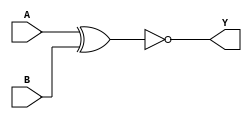
module sky130_fd_sc_ms__xnor2_5 (
    Y,
    A,
    B
);
    output Y;
    input  A;
    input  B;
    wire xnor0_out_Y;
    xnor xnor0 (xnor0_out_Y, A, B           );
    buf  buf0  (Y          , xnor0_out_Y    );
endmodule